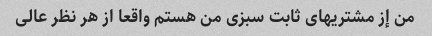
من إز مشتریهای ثابت سبزی من هستم واقعا از هر نظر عالی